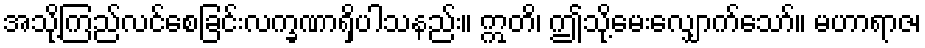
အသို့ကြည်လင်စေခြင်းလက္ခဏာရှိပါသနည်း။ ဣတိ၊ ဤသို့မေးလျှောက်သော်။ မဟာရာဇ၊